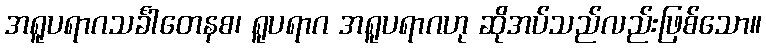
အရူပရာဂသင်္ခါတေနစ၊ ရူပရာဂ အရူပရာဂဟု ဆိုအပ်သည်လည်းဖြစ်သော။